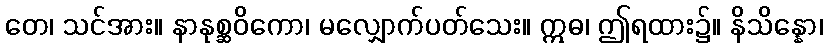
တေ၊ သင်အား။ နာနုစ္ဆဝိကော၊ မလျှောက်ပတ်သေး။ ဣဓ၊ ဤရထား၌။ နိသိန္နော၊